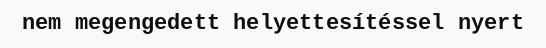
nem megengedett helyettesítéssel nyert